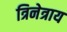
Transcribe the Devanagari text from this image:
त्रिनेत्राय